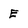
Character: E